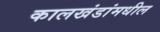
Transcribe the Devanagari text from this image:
कालखंडांमधील